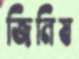
জিনিষ